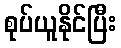
စုပ်ယူနိုင်ပြီး